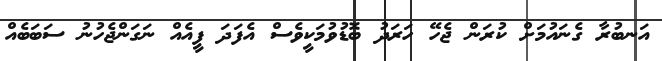
އަނބުރާ ގެނައުމަށް ކުރަން ޖެހޭ ހަރަދު ބޮޑުވުމަކީވެސް އެފަދަ ފީއެއް ނަގަންޖެހުނު ސަބަބެއް